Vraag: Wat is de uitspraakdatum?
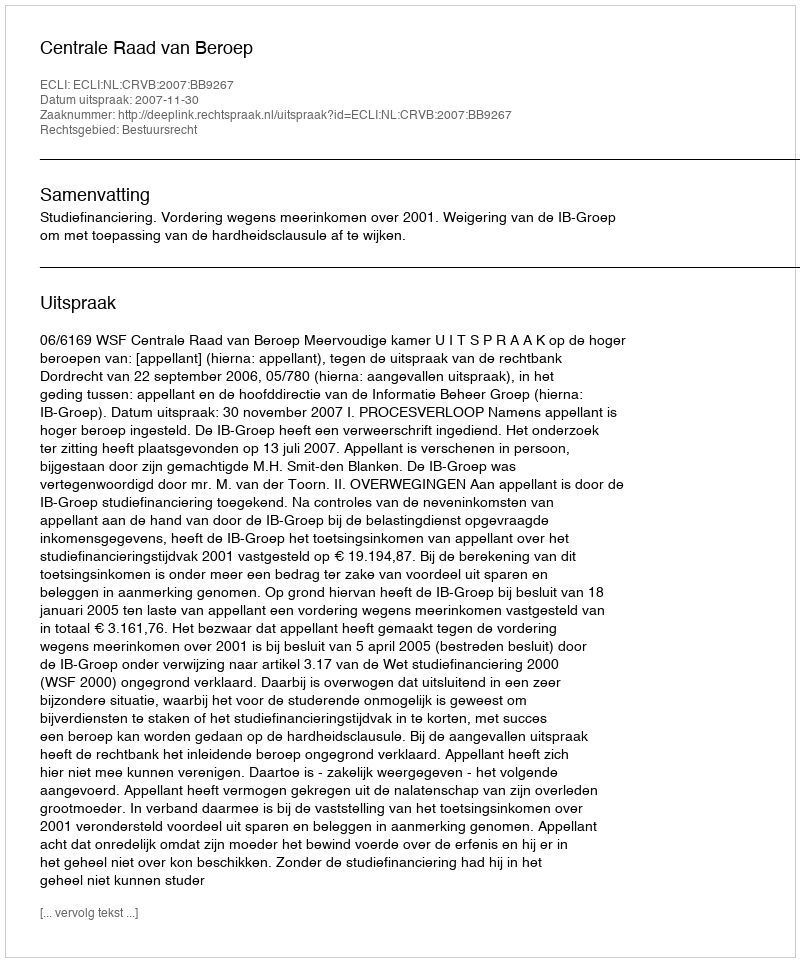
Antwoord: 2007-11-30